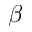
\beta